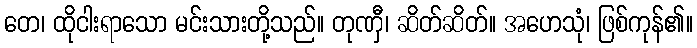
တေ၊ ထိုငါးရာသော မင်းသားတို့သည်။ တုဏှီ၊ ဆိတ်ဆိတ်။ အဟေသုံ၊ ဖြစ်ကုန်၏။